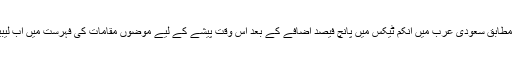
‘پروموٹرز کے مطابق سعودی عرب میں انکم ٹیکس میں پانچ فیصد اضافے کے بعد اس وقت پیشے کے لیے موضوں مقامات کی فہرست میں اب لیبیا بھی شامل ہے۔